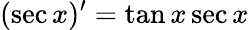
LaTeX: (\sec x)^{\prime}=\tan x\sec x